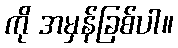
ကို အမှန်ခြစ်ပါ။